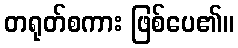
တရုတ်စကား ဖြစ်ပေ၏။